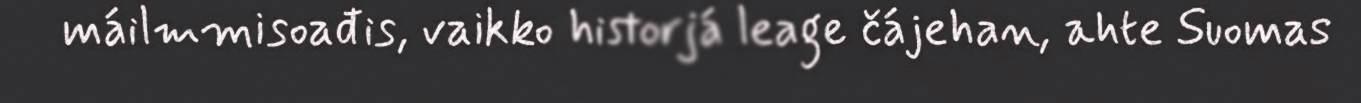
máilmmisoađis, vaikko historjá leage čájehan, ahte Suomas